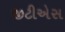
જીટીએસ